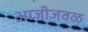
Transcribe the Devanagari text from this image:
आजीजवळ